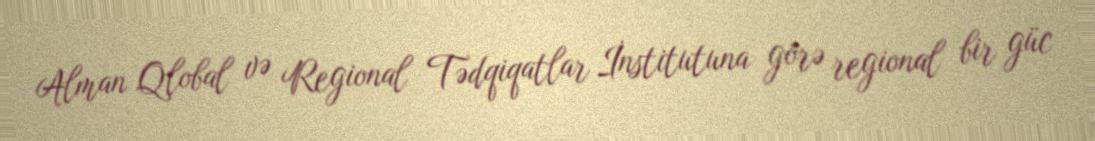
Alman Qlobal və Regional Tədqiqatlar İnstitutuna görə regional bir güc